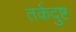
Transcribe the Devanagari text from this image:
तर्कदुष्ट